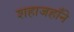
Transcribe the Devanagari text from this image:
शहाजहाँने